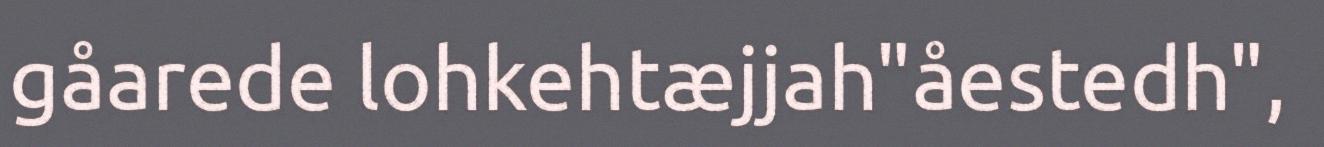
gåarede lohkehtæjjah"åestedh",